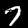
Digit: 7